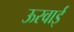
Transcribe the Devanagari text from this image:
ऊरवाई